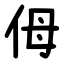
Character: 㑄